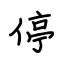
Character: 停